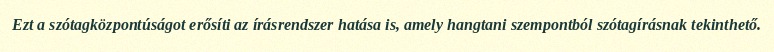
Ezt a szótagközpontúságot erősíti az írásrendszer hatása is, amely hangtani szempontból szótagírásnak tekinthető.